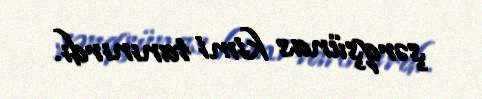
şərqşünas kimi tanınırdı.